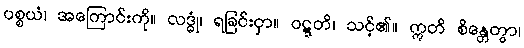
ပစ္စယံ၊ အကြောင်းကို။ လဒ္ဓုံ၊ ရခြင်းငှာ။ ဝဋ္ဋတိ၊ သင့်၏။ ဣတိ စိန္တေတွာ၊